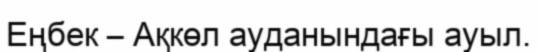
Еңбек – Ақкөл ауданындағы ауыл.